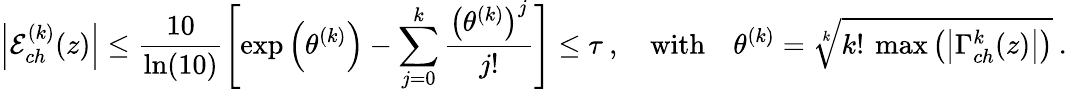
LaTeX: \left|\mathcal{E}_{ch}^{(k)}(z)\right|\leq\frac{10}{\ln(10)}\left[\exp\left(\theta^{(k)}\right)-\sum_{j=0}^{k}\frac{\left(\theta^{(k)}\right)^{j}}{j!}\right]\leq\tau\: ,\quad\mathrm{with}\quad\theta^{(k)}=\sqrt[k]{k!\: \operatorname*{max}\left(\left|\Gamma_{ch}^{k}(z)\right|\right)}\: .